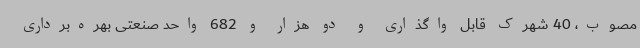
مصوب، 40 شهرک قابل واگذاری و دو هزار و 682 واحد صنعتی بهره‌برداری